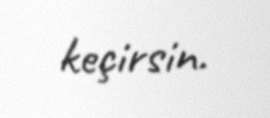
keçirsin.